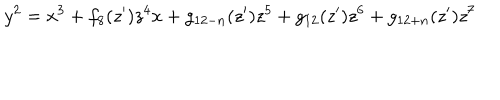
LaTeX: y ^ { 2 } = x ^ { 3 } + f _ { 8 } ( z ^ { \prime } ) z ^ { 4 } x + g _ { 1 2 - n } ( z ^ { \prime } ) z ^ { 5 } + g _ { 1 2 } ( z ^ { \prime } ) z ^ { 6 } + g _ { 1 2 + n } ( z ^ { \prime } ) z ^ { 7 }